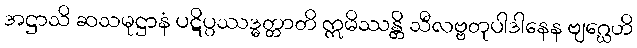
အဋ္ဌာသိ ဆသမုဋ္ဌာနံ ပဋိပ္ပဿဒ္ဓတ္တာတိ ဣမိဿန္တိ သီလဗ္ဗတုပါဒါနေန ဗျဂ္ဃေဟိ